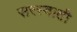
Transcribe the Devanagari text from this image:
सरस्वाती